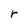
Character: r